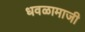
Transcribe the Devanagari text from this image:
धवळामाजी